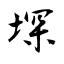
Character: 堔